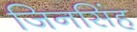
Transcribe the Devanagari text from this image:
जिनसिंह